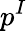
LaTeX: p^{I}